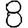
Digit: 8